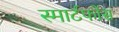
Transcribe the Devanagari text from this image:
स्मार्टफोंस